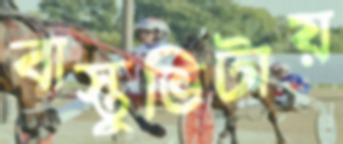
বাস্তুভিটায়